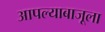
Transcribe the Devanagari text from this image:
आपल्याबाजूला